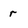
Character: r